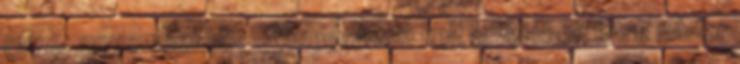
1374. november 18. – Visegrádon kelt levelében Imre nádor